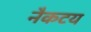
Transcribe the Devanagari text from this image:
नैकटय